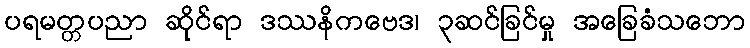
ပရမတ္တပညာ ဆိုင်ရာ ဒဿနိကဗေဒ၊ ၃ဆင်ခြင်မှု အခြေခံသဘော